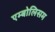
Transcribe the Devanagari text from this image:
एम्बोलिसम